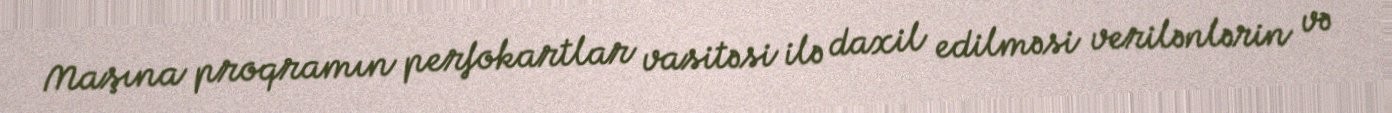
Maşına proqramın perfokartlar vasitəsi ilə daxil edilməsi verilənlərin və